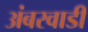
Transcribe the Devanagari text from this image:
अंबरवाडी